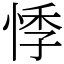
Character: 悸